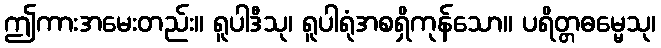
ဤကားအမေးတည်း။ ရူပါဒီသု၊ ရူပါရုံအစရှိကုန်သော။ ပရိတ္တဓမ္မေသု၊